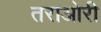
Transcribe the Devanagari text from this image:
तराओरी